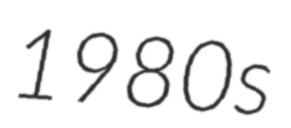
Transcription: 1980s